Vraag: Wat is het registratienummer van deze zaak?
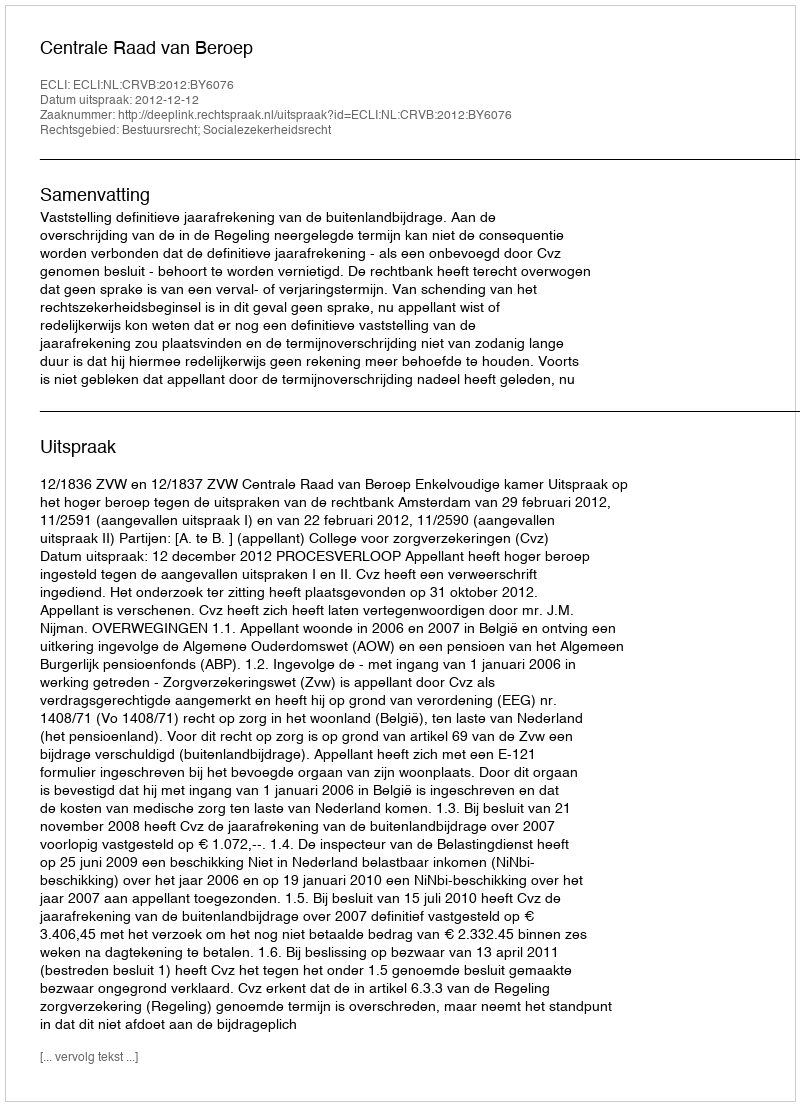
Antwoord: http://deeplink.rechtspraak.nl/uitspraak?id=ECLI:NL:CRVB:2012:BY6076